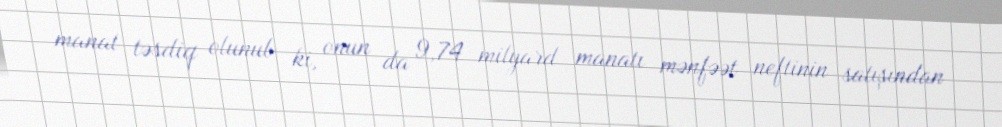
manat təsdiq olunub ki, onun da 9,74 milyard manatı mənfəət neftinin satışından